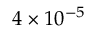
4 \times 1 0 ^ { - 5 }